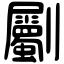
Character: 劚